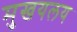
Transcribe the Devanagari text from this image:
मुखयलय